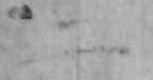
二